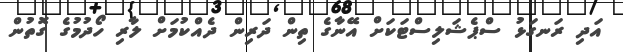
އަދި ރަނގަޅު ސްޕެޝަލިސްޓަކަށް އޭނާގެ ތިން ދަރިން ދެއްކުމަށް ލާރި ހޯދުމުގެ ގޮތުން